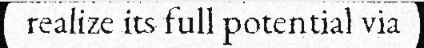
realize its full potential via